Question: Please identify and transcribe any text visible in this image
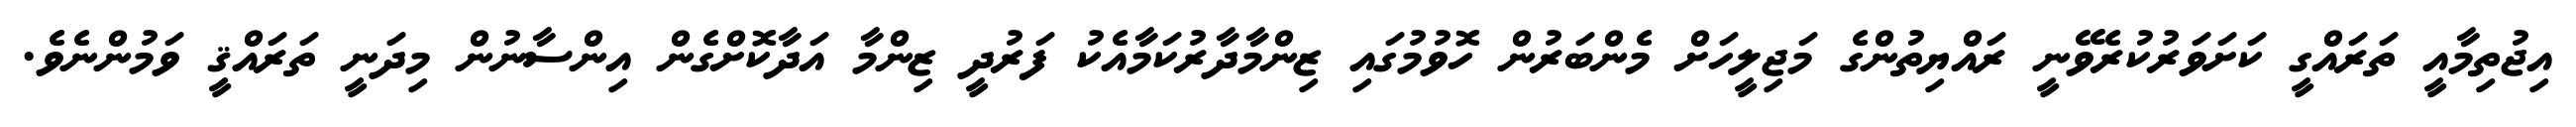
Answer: އިޖުތިމާއީ ތަރައްގީ ކަށަވަރުކުރެވޭނީ ރައްޔިތުންގެ މަޖިލީހަށް މެންބަރުން ހޮވުމުގައި ޒިންމާދާރުކަމާއެކު ފަރުދީ ޒިންމާ އަދާކޮށްގެން އިންސާނުން މިދަނީ ތަރައްޤީ ވަމުންނެވެ.